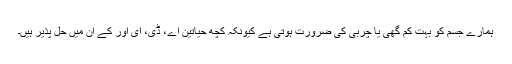
ہمارے جسم کو بہت کم گھی یا چربی کی ضرورت ہوتی ہے کیونکہ کچھ حیاتین اے، ڈی، ای اور کے ان میں حل پذیر ہیں۔